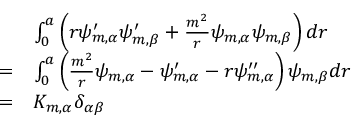
\begin{array} { r l } & { \int _ { 0 } ^ { a } \left( r \psi _ { m , \alpha } ^ { \prime } \psi _ { m , \beta } ^ { \prime } + \frac { m ^ { 2 } } { r } \psi _ { m , \alpha } \psi _ { m , \beta } \right) d r } \\ { = } & { \int _ { 0 } ^ { a } \left( \frac { m ^ { 2 } } { r } \psi _ { m , \alpha } - \psi _ { m , \alpha } ^ { \prime } - r \psi _ { m , \alpha } ^ { \prime \prime } \right) \psi _ { m , \beta } d r } \\ { = } & { K _ { m , \alpha } \delta _ { \alpha \beta } } \end{array}